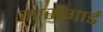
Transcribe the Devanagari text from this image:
सार्सगार्ड